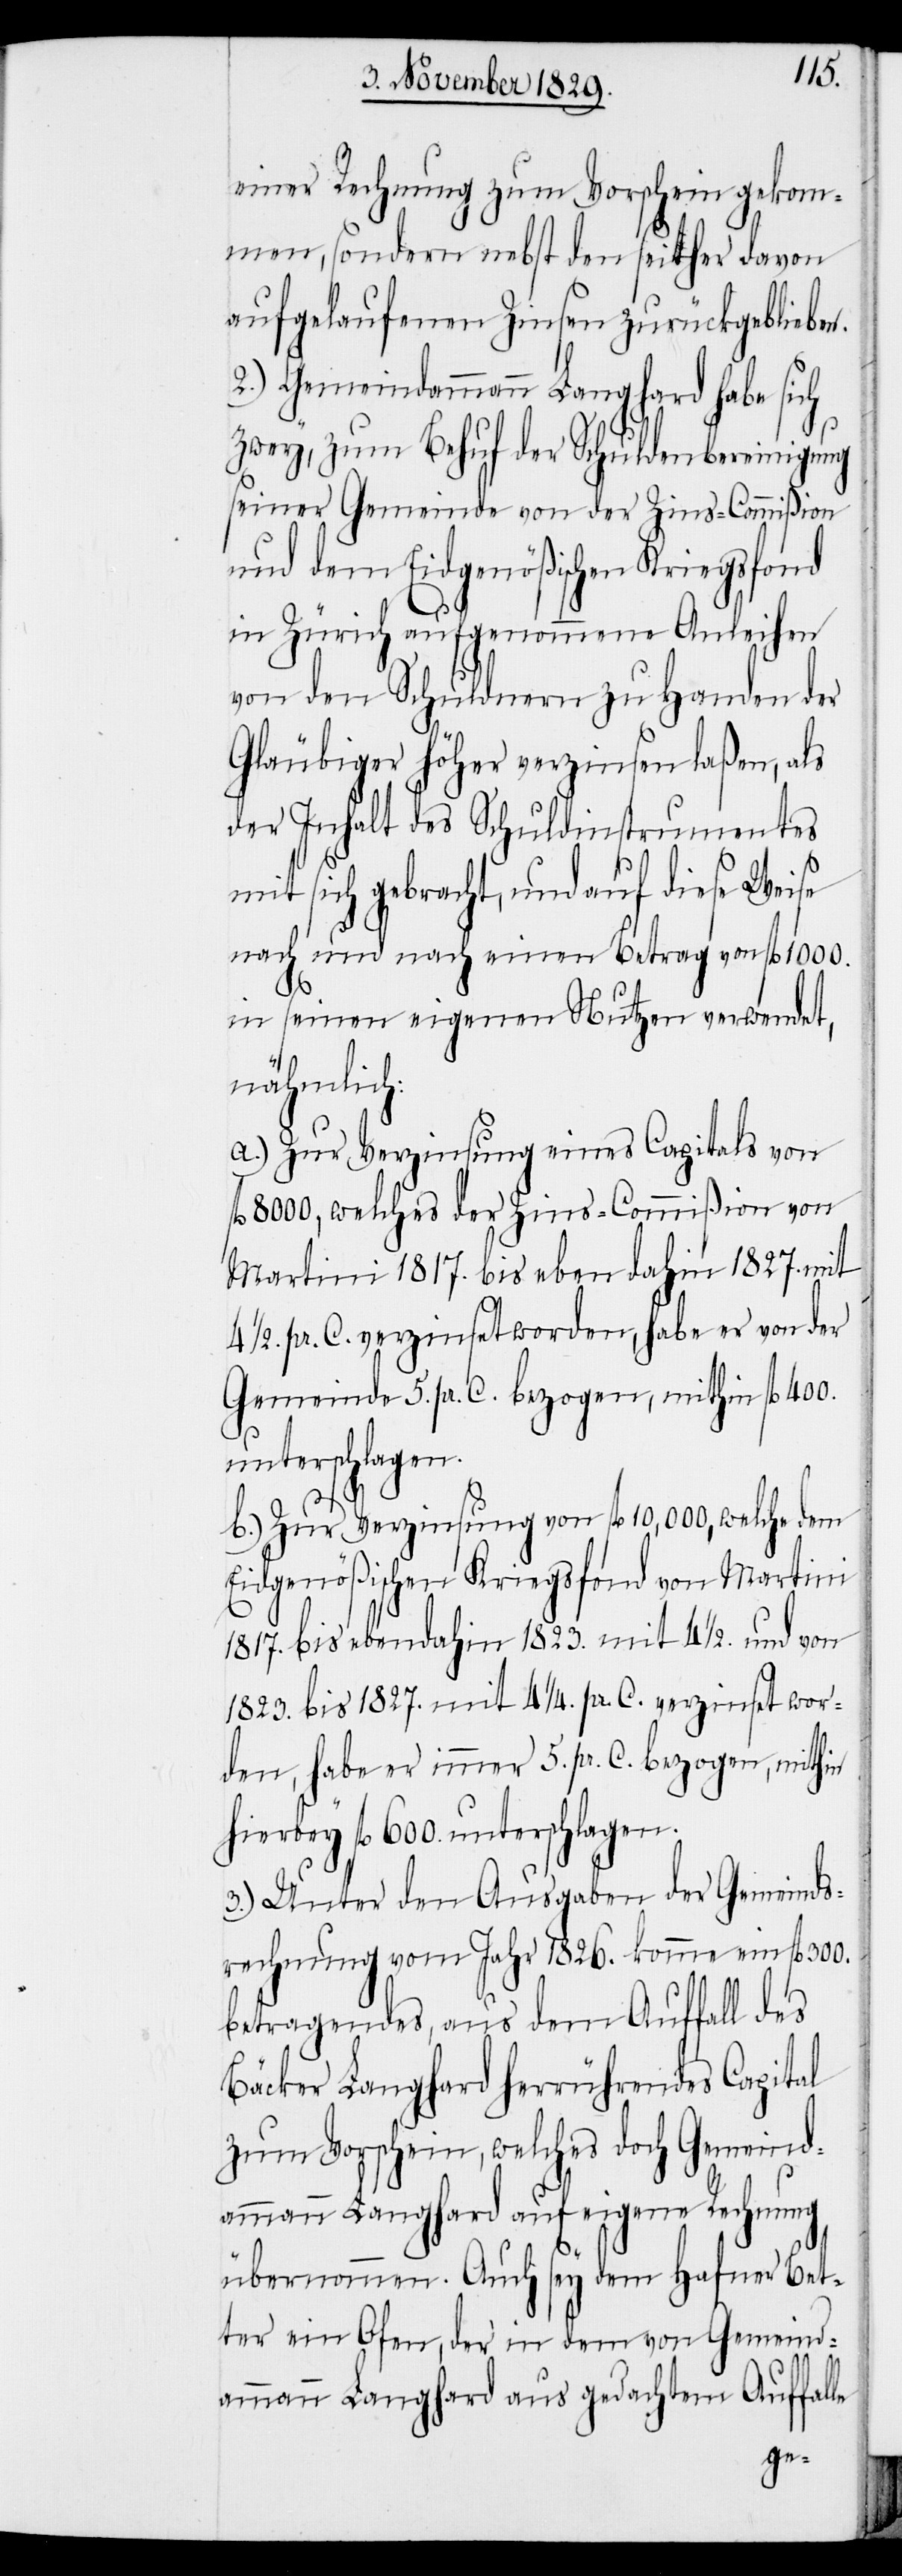
einer Rechnung zum Vorschein gekom¬
men, sondern nebst den seither davon
aufgelaufenen Zinsen zurückgeblieben.
2.) Gemeindammann Langhard habe sich
zwey, zum Behuf der Schuldenbereinigung
seiner Gemeinde von der Zins-Commißion
und dem Eidgenößischen Kriegsfond
in Zürich aufgenommene Anleihen
von den Schuldnern zu Handen der
Gläubiger höher verzinsen laßen, als
der Inhalt des Schuldinstrumentes
mit sich gebracht, und auf die Weise
nach und nach einen Betrag von fl. 1000.
600.
in seinen eigenen Nutzen verwendet,
nähmlich:
a.) Zur Verzinsung eines Capitals von
8000, welches der Zins-Commißion von
Martini 1817. bis eben dahin 1827. mit
1/2. pr. C. verzinset worden, habe er von der
Gemeinde 5. pr. C. bezogen, mithin fl. 400.
unterschlagen.
b.) Zur Verzinsung von fl. 10,000, welche dem
Eidgenößischen Kriegsfond von Martini
1817. bis ebendahin 1823. mit 4 1/2. und von
1823. bis 1827. mit 4 1/4. pr. C. verzinset wor¬
den, habe er immer 5. pr. C. bezogen, mithin
3.) Unter den Ausgaben der Gemeinds¬
rechnung vom Jahr 1826. komme ein fl. 300.
betragendes, aus dem Auffall des
Bäcker Langhard herrührendes Capital
zum Vorschein, welches doch Gemeind¬
ammann Langhard auf eigene Rechnung
übernommen. Auch sey dem Hafner Bet¬
ter ein Ofen, der in dem von Gemeind¬
ammann Langhard aus gedachtem Auffalle